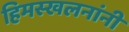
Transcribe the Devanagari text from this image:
हिमस्खलनांनी